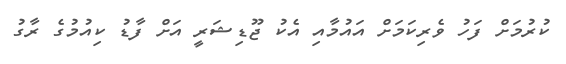
ކުރުމަށް ފަހު ވެރިކަމަށް އައުމާއި އެކު ޖޫޑިޝަރީ އަށް ފާޑު ކިއުމުގެ ރާގު